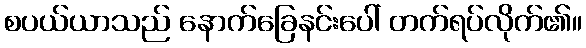
စပယ်ယာသည် နောက်ခြေနင်းပေါ် တက်ရပ်လိုက်၏။